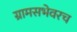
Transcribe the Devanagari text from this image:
ग्रामसभेवरच